Civil Veterinary Department. Madras. Admin. report 1910-25 - 1910-1925
Year: 1910
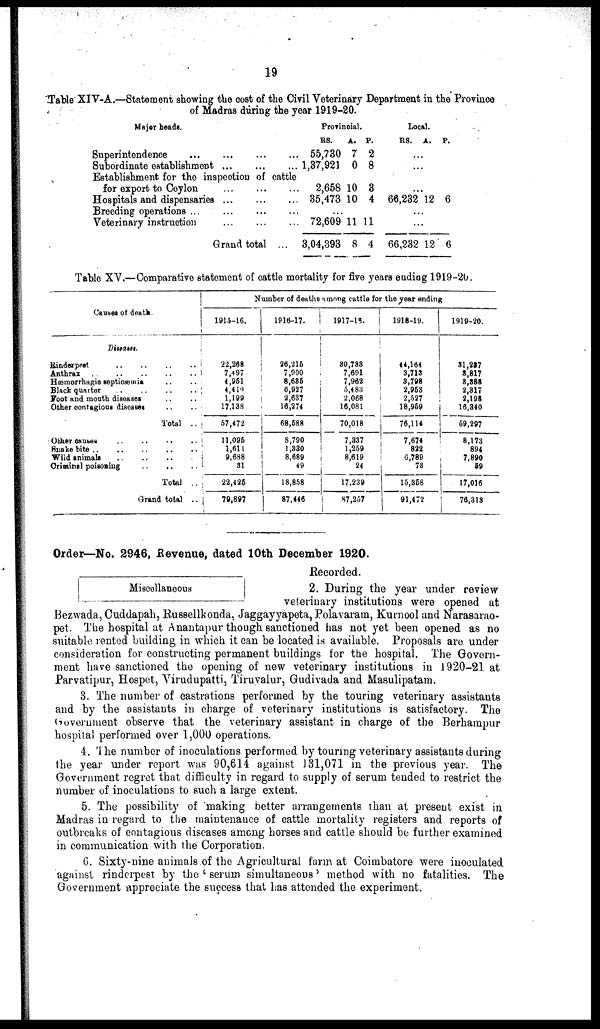
19
Table XIV-A.—Statement showing the cost of the Civil Veterinary Department in the Province
of Madras during the year 1919-20.
Major heads.
Superintendence ... ... ...
Subordinate establishment ... ...
Establishment for the inspection of
for export to Ceylon ... ...
Hospitals and dispensaries ...
Breeding operations ... ... ...
Veterinary instruction ... ...
Grand total
Provincial.
RS.
A.
... 55,730 7
... 1,37,921 0
cattle
...
2,658 10
... 35,473 10
...
... 72,609 11
... 3,04,393 8
p.
2
8
3
4
11
4
Local.
RS. A. P.
...
...
...
...
66,232 12 6
...
...
66,232 12 6
Table XV.—Comparative statement of cattle mortality for five years ending 1919-20.
Causes of death.
Diseases.
Rinderpest
..
..
..
..
Anthrax .. .. .. .. ..
Hæmorrhagic septicæmia .. ..
Black quarter .. .. .. ..
Foot and mouth diseases .. ..
Other contagious diseases .. ..
Total ..
Other causes .. .. .. ..
Snake bite
..
..
..
..
..
Wild animals
..
..
..
Criminal poisoning
..
..
..
Total ..
Grand total ..
Number of deaths among cattle for the yrear ending
191.5-16.
22,288
7,497
4,951
4,419
1,199
17,138
57,472
11,095
1,614
9,688
31
22,425
79,897
1916-17.
26,215
7,900
8,685
6,927
2,637
16,274
68,588
8,790
1,330
8,689
49
18,868
87,446
1917-18.
80,733
7,691
7,962
5,483
2,068
16,081
70,018
7,337
1,269
8,619
24
17.239
87,257
1918-19.
44,164
3,713
8,798
2,953
2,527
18,959
76,114
7,674
822
6,789
73
15,358
91,472
1919-20.
31,237
8,817
8,388
2,317
2,198
16,340
59,297
8,173
894
7,890
59
17,016
76,318
Order—No. 2946, Revenue, dated 10th December 1920.
Recorded.
Miscellaneous
2. During the year under review
veterinary institutions were opened at
Bezwada, Cuddapah, Russellkonda, Jaggayyapeta, Polavaram, Kurnool and Narasarao-
pet. The hospital at Anantapur though sanctioned has not yet been opened as no
suitable rented building in which it can be located is available. Proposals are under
consideration for constructing permanent buildings for the hospital. The Govern-
ment have sanctioned the opening of new veterinary institutions in 1920-21 at
Parvatipur, Hospet, Virudupatti, Tiruvalur, Gudivada and Masulipatam.
3. The number of castrations performed by the touring veterinary assistants
and by the assistants in charge of veterinary institutions is satisfactory. The
Government observe that the veterinary assistant in charge of the Berhampur
hospital performed over 1,000 operations.
4. The number of inoculations performed by touring veterinary assistants during
the year under report was 90,614 against 131,071 in the previous year. The
Government regret that difficulty in regard to supply of serum tended to restrict the
number of inoculations to such a large extent.
5. The possibility of making better arrangements than at present exist in
Madras in regard to the maintenance of cattle mortality registers and reports of
outbreaks of contagious diseases among horses and cattle should be further examined
in communication with the Corporation.
6. Sixty-nine animals of the Agricultural farm at Coimbatore were inoculated
against rinderpest by the 'serum simultaneous' method with no fatalities. The
Government appreciate the success that has attended the experiment.